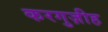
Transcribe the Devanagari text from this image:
करगुज़ीह